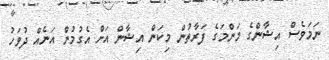
ނަމަވެސް އިޝާންގެ މަންމަގެ ފަރާތުން މިކަން އިޝާން އަށް އެގުމުނެް އަނެއް ދުވަހު